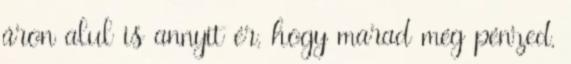
áron alul is annyit ér, hogy marad még pénzed,